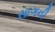
સાગની